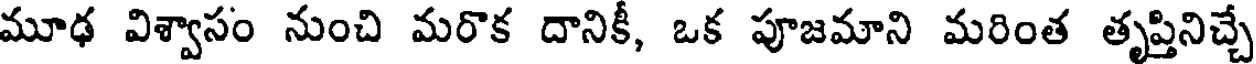
మూఢ విశ్వాసం నుంచి మరొక దానికీ, ఒక పూజమాని మరింత తృప్తినిచ్చే